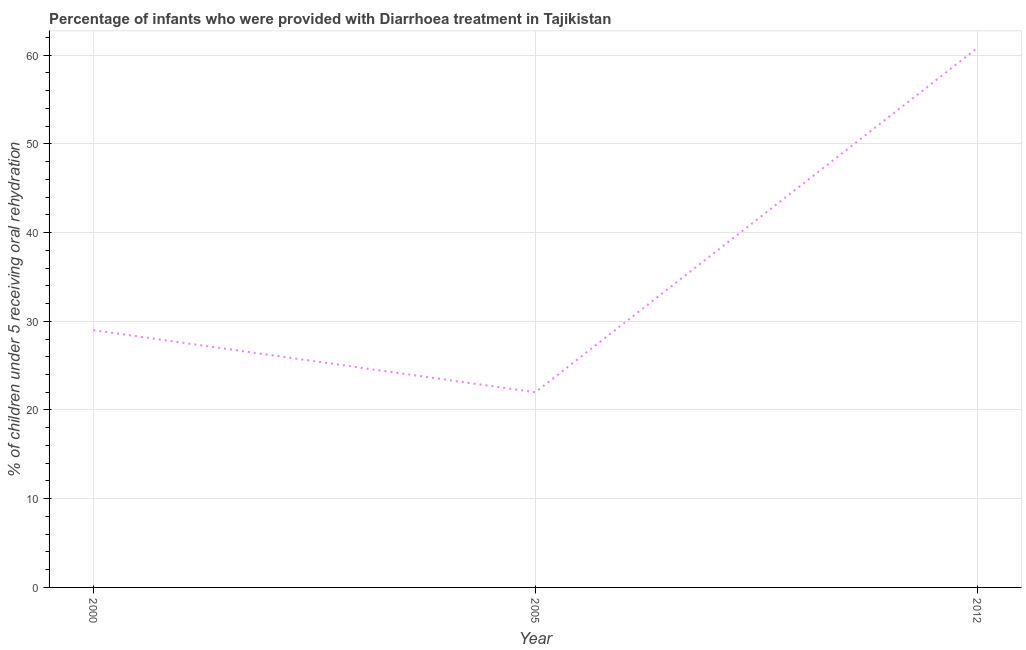
| Year | Diarrhea treatment |
 | --- | --- |
 | 2000 | 29 |
 | 2005 | 22 |
 | 2012 | 60.8 |